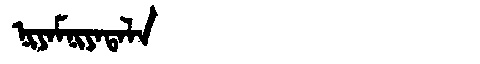
Manchu: ᠨᡳᠶᠠᠮᠨᡳᠶᠠᡨᠠᠯᠠ
Romanization: NIYAMNIYATALA